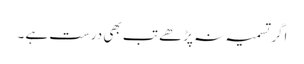
اگر تسمیہ نہ پڑھے تب بھی درست ہے ۔